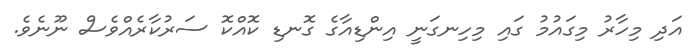
އަދި މިހާރު މިގައުމު ގައި މިހިނގަނީ އިންޑިއާގެ ގޮނޑި ކޮއްކޮ ސަރުކާރެއްވެސް ނޫނެވެ.